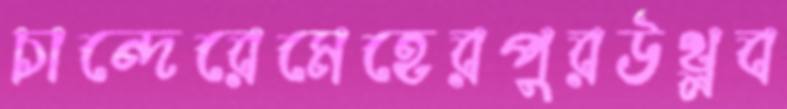
চান্দেরেমেহেরপুরউথ্‌লব